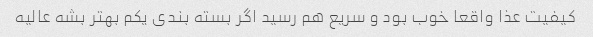
کیفیت عذا واقعا خوب بود و سریع هم رسید اگر بسته بندی یکم بهتر بشه عالیه